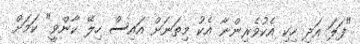
"ފަލަ އަދި ހިކި އެކުވެރިންނާ އެކު މިތަނަށް އައިސް ހިލޭ ކާންވީ" ކަމަށް